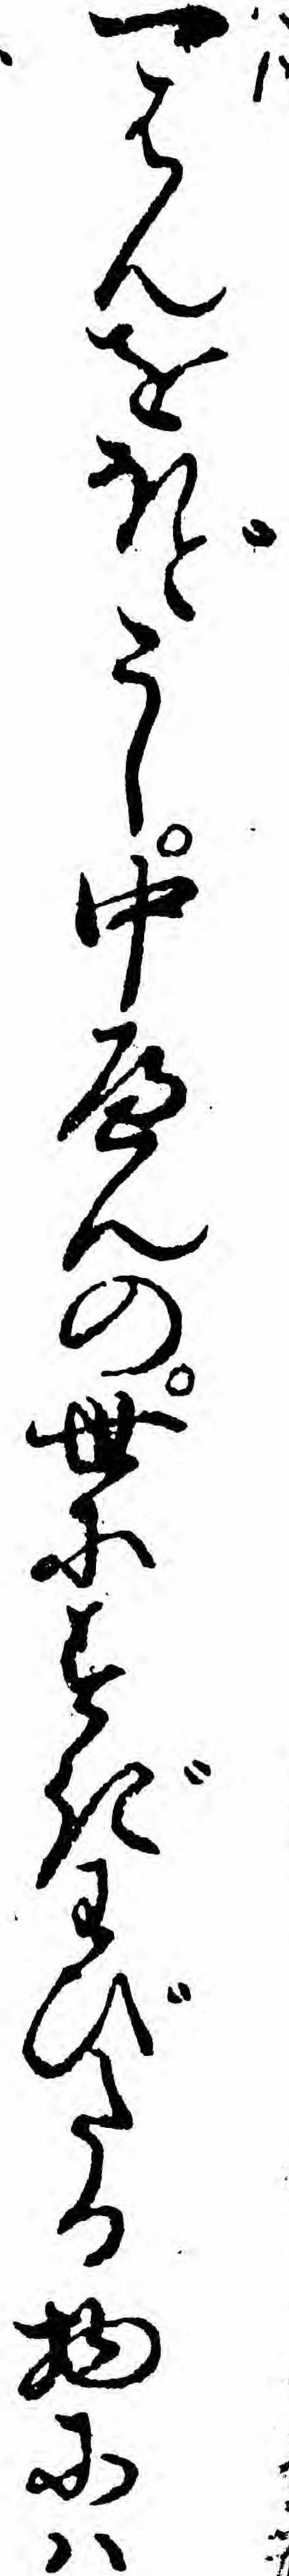
一はんをほどこし中へんの世にすぎわびたる物にハ